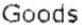
GOODS